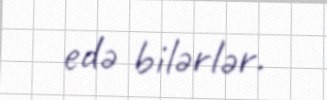
edə bilərlər.